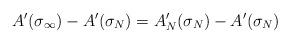
LaTeX: \begin{align*}A' (\sigma_{\infty}) - A' (\sigma_N) = A_N ' (\sigma_N) - A' (\sigma_N)\end{align*}